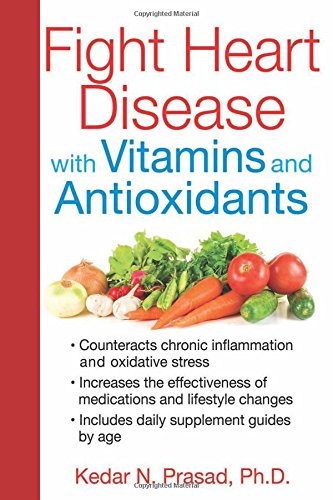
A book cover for Fight Heart Disease with Vitamins and Antioxidants; Kedar N. Prasad Ph.D.; Health, Fitness & Dieting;